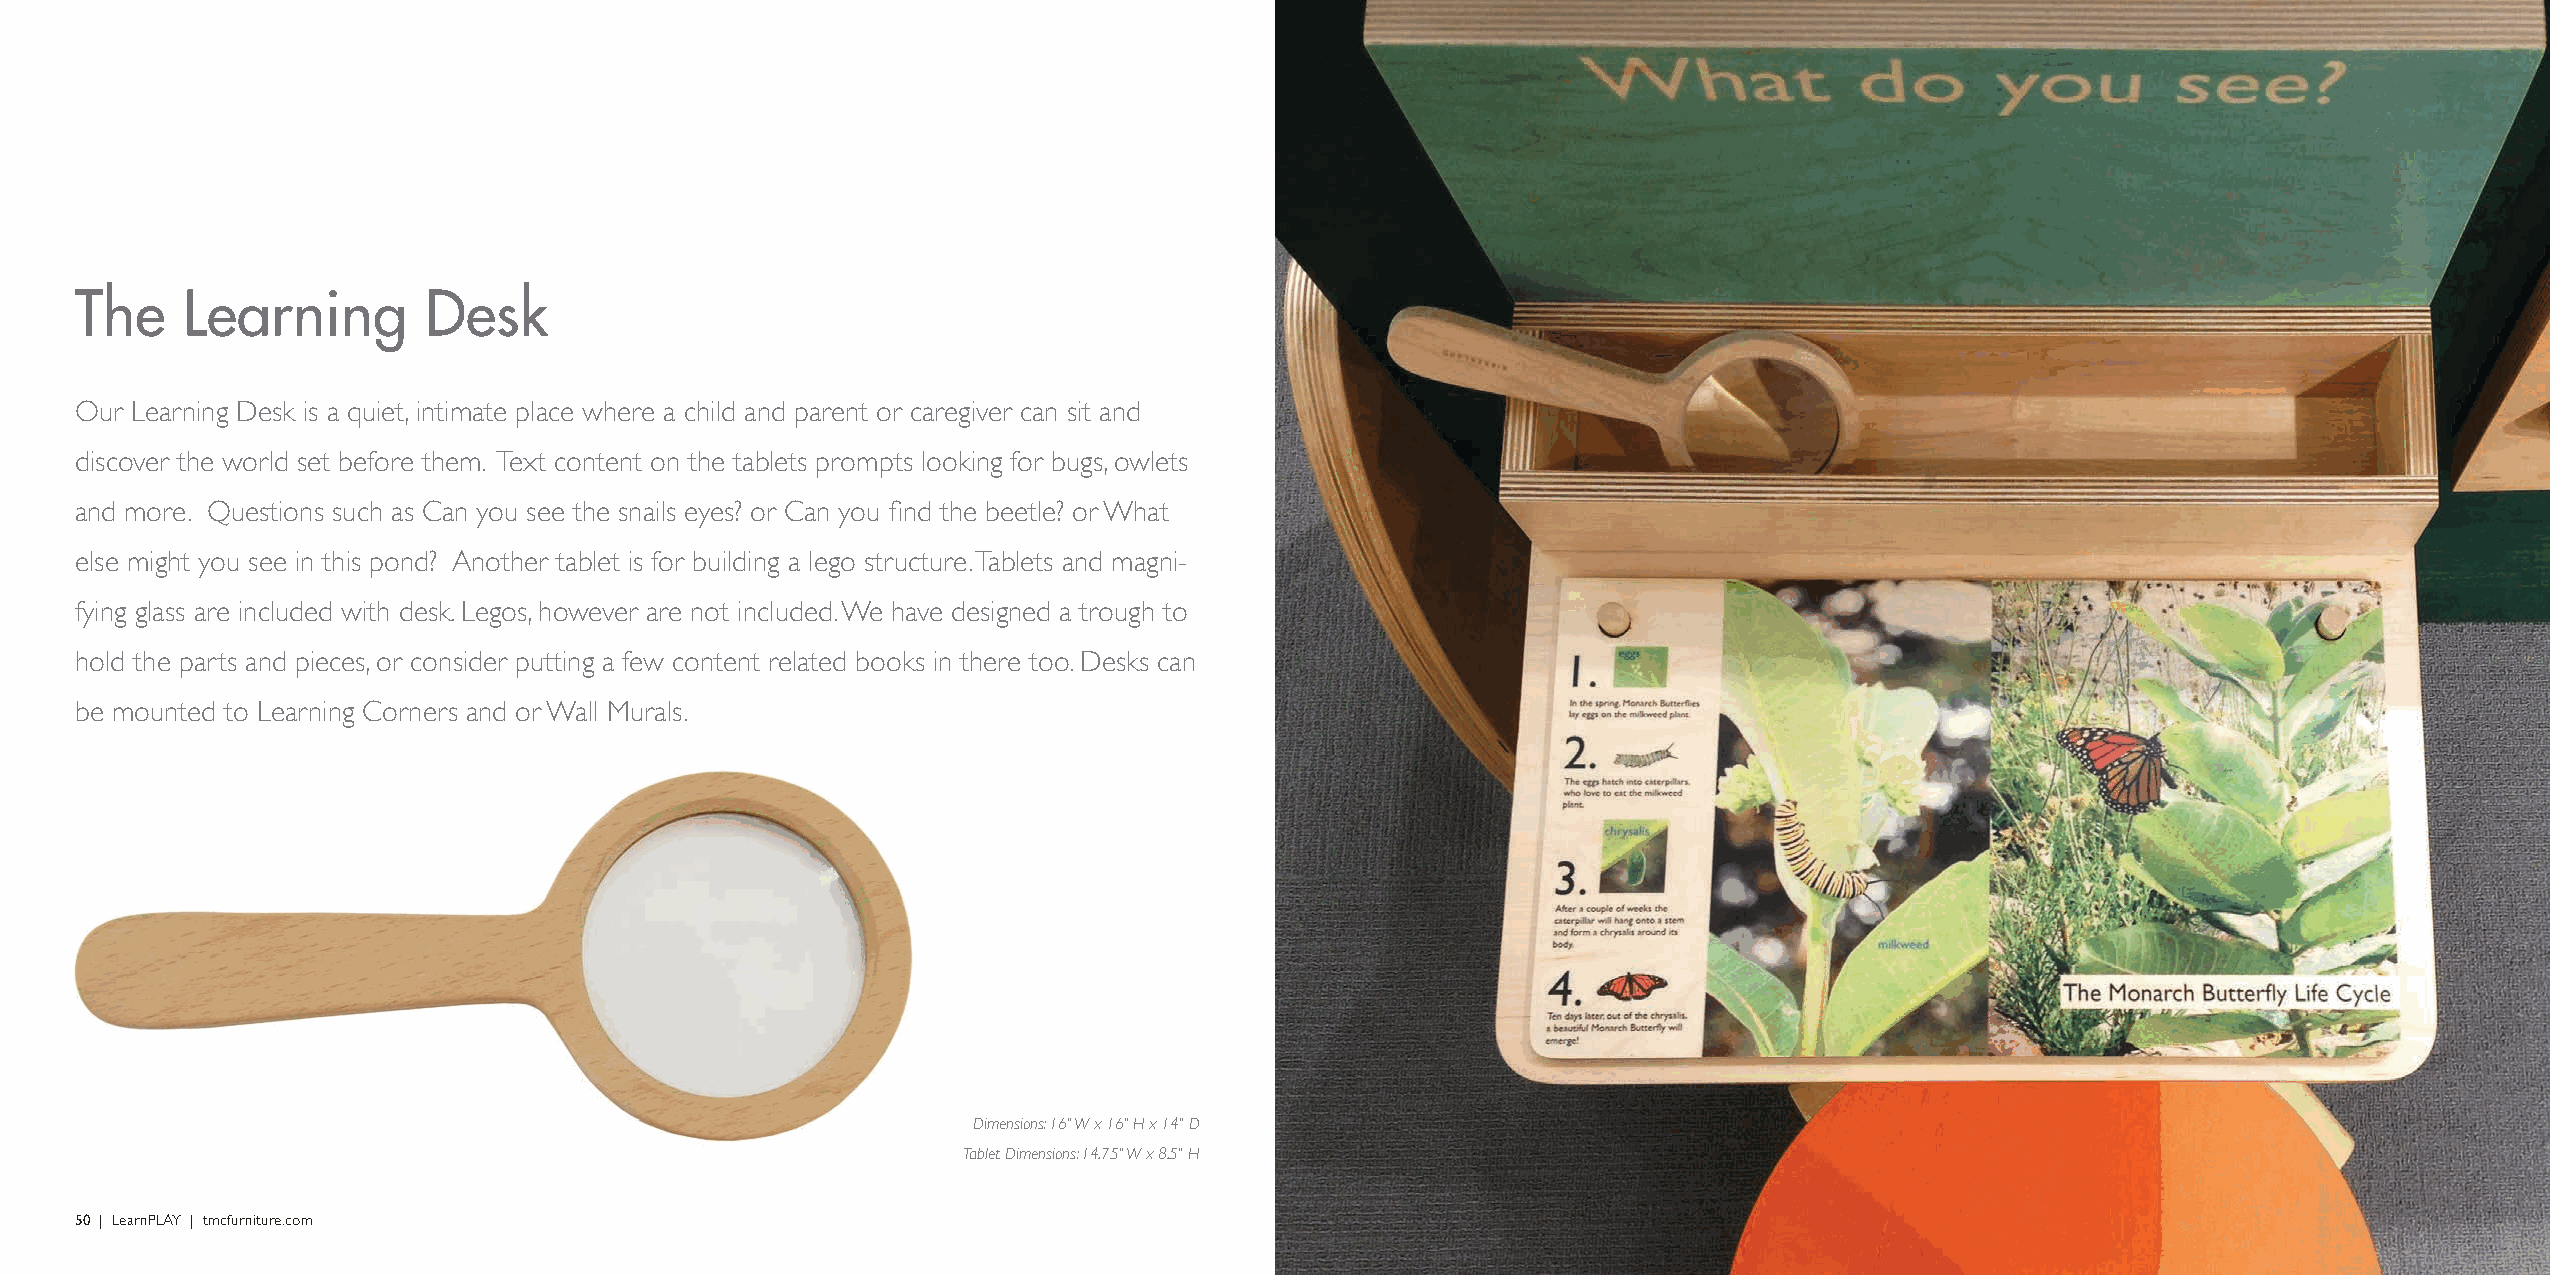
The    Learning        Desk
 Our Learning Desk is a quiet, intimate place where a child and parent or caregiver can sit and
 discover the world set before them. Text content on the tablets prompts looking for bugs, owlets
 and more. Questions such as Can you see the snails eyes? or Can you find the beetle? or What
 else might you see in this pond? Another tablet is for building a lego structure. Tablets and magni-
 fying glass are included with desk. Legos, however are not included. We have designed a trough to
 hold the parts and pieces, or consider putting a few content related books in there too. Desks can
 be mounted to Learning Corners and or Wall Murals.
 Dimensions: 16" W x 16" H x 14" D
 Tablet Dimensions: 14.75" W x 8.5" H
 50 | LearnPLAY | tmcfurniture.com                                                                                                              LearnPLAY | tmcfurniture.com | 51